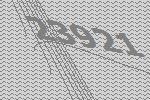
23921